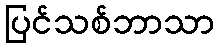
ပြင်သစ်ဘာသာ